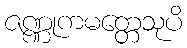
ဇဏ္ဏုကမတ္တေသုပိ